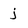
Character: j